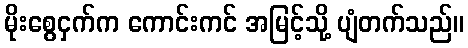
မိုးစွေငှက်က ကောင်းကင် အမြင့်သို့ ပျံတက်သည်။